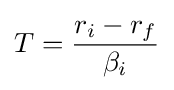
T={\frac {r_{i}-r_{f}}{\beta _{i}}}